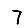
Digit: 7